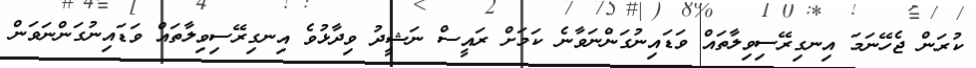
ކުރަން ޖެހޭނަމަ އިނގިރޭސިވިލާތައް ވަޑައިނުގަންނަވާނެ ކަމަށް ރައީސް ނަޝީދު ވިދާޅުވެ އިނގިރޭސިވިލާތައް ވަޑައިނުގަންނަވަން